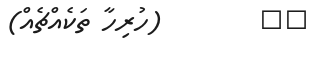
١٤        (ހުރިހާ ތަކެއްޗެއް)